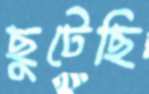
ছুটেছি